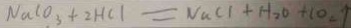
N a C O _ { 3 } + 2 H C L = N a C l + H _ { 2 } O + C O _ { 2 } \uparrow